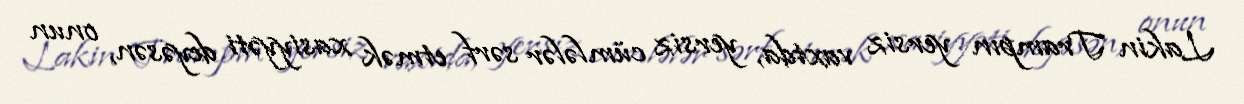
Lakin Trampın yersiz vaxtda, yersiz cümlələr sərf etmək xasiyyəti deyəsən, onun